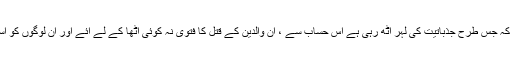
میرے دوست کو خو ف یہ تھا کہ جس طرح جذباتیت کی لہر اٹھ رہی ہے اس حساب سے ، ان والدین کے قتل کا فتوی نہ کوئی اٹھا کے لے آئے اور ان لوگوں کو اسلام کے نام پر مار دیا جائے ۔